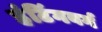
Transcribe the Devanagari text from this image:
हंटिंगबर्ग